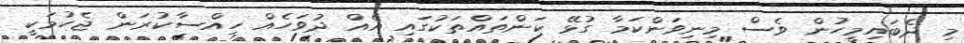
މި ދެބައިމީހުން ވެސް މިނިވަންކަމާ ގުޅޭ ކަންތައްތަކުގައި އެއް ދުވަހެއް ހިއްސާކުރަން ޖެހުމަކީ